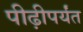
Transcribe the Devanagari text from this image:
पीढ़ीपर्यंत